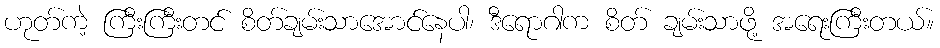
ဟုတ်ကဲ့ ကြီးကြီးတင် စိတ်ချမ်းသာအောင်နေပါ၊ ဒီရောဂါက စိတ် ချမ်းသာဖို့ အရေးကြီးတယ်။